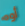
أوه